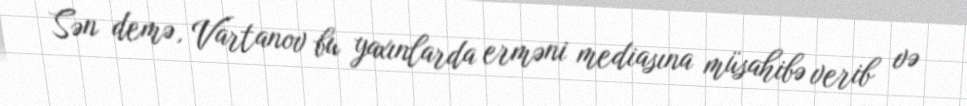
Sən demə, Vartanov bu yaxınlarda erməni mediasına müsahibə verib və